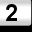
Digit: 2